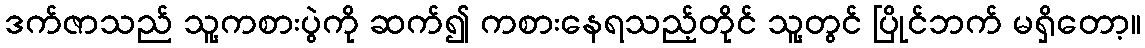
ဒက်ဇာသည် သူ့ကစားပွဲကို ဆက်၍ ကစားနေရသည့်တိုင် သူ့တွင် ပြိုင်ဘက် မရှိတော့။